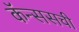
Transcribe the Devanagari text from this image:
कॅन्ससची